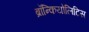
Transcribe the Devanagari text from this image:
ब्रॉन्कियोलिटिस